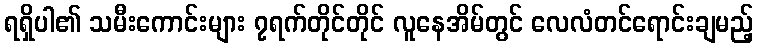
ရရှိပါ၏ သမီးကောင်းများ ၇ရက်တိုင်တိုင် လူနေအိမ်တွင် လေလံတင်ရောင်းချမည့်